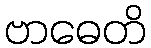
ဗာဓေတိ